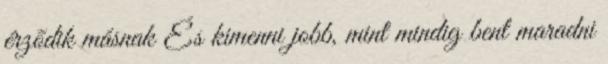
érzõdik másnak És kimenni jobb, mint mindig bent maradni